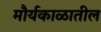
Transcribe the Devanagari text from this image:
मौर्यकाळातील